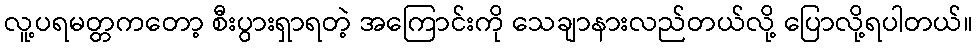
လူ့ပရမတ္တကတော့ စီးပွားရှာရတဲ့ အကြောင်းကို သေချာနားလည်တယ်လို့ ပြောလို့ရပါတယ်။